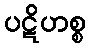
ပဋိဟစ္စ